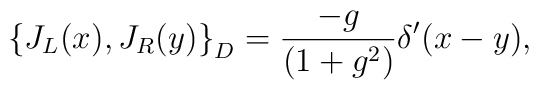
\left\{ J_{L}(x),J_{R}(y)\right\} _{D}=\frac{-g}{(1+g^{2})} \delta '(x-y),